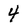
Character: 4